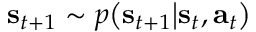
\mathbf { s } _ { t + 1 } \sim p \big ( \mathbf { s } _ { t + 1 } \big | \mathbf { s } _ { t } , \mathbf { a } _ { t } \big )